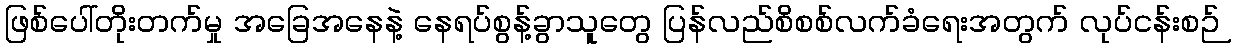
ဖြစ်ပေါ်တိုးတက်မှု အခြေအနေနဲ့ နေရပ်စွန့်ခွာသူတွေ ပြန်လည်စိစစ်လက်ခံရေးအတွက် လုပ်ငန်းစဉ်